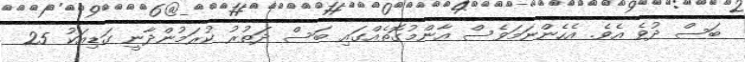
ބަސް ދުވެ އެވެ. އެހެންނަމަވެސް އާންމުގޮތެއްގައި ބަސް ދަތުރު ކުރަމުންދާނީ ގަޑިއަކު 25